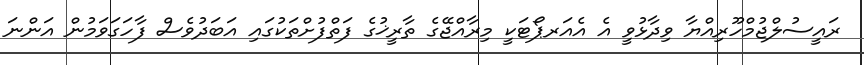
ރައީސުލްޖުމްހޫރިއްޔާ ވިދާޅުވީ އެ އެއަރޕޯޓަކީ މިރާއްޖޭގެ ތާރީޚުގެ ފަތްފުށްތަކުގައި އަބަދުވެސް ފާހަގަވަމުން އަންނަ